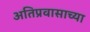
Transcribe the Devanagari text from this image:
अतिप्रवासाच्या